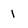
Character: 1